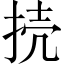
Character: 𢭜